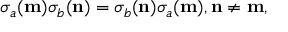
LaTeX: \sigma _ { a } ( { \bf m } ) \sigma _ { b } ( { \bf n } ) = \sigma _ { b } ( { \bf n } ) \sigma _ { a } ( { \bf m } ) , { \bf n } \neq { \bf m } ,